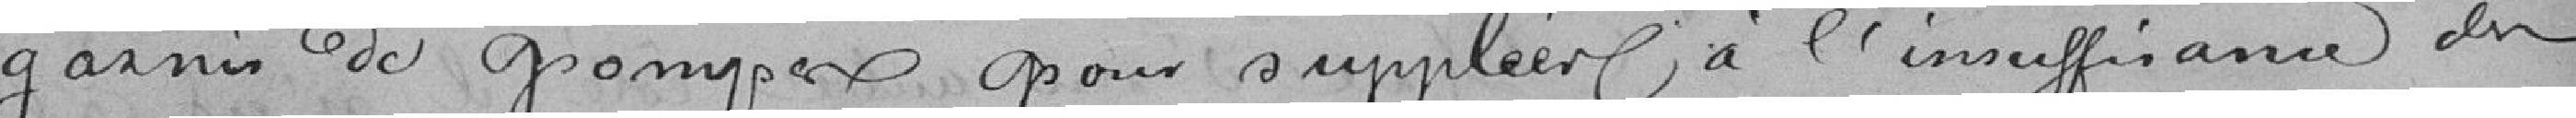
garnis de pompes pour suppléer à l'insuffisance des